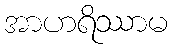
အာဟရိဿာမ